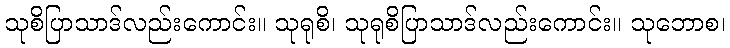
သုစိပြာသာဒ်လည်းကောင်း။ သုရုစိ၊ သုရုစိပြာသာဒ်လည်းကောင်း။ သုဘောစ၊